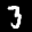
Label: 3